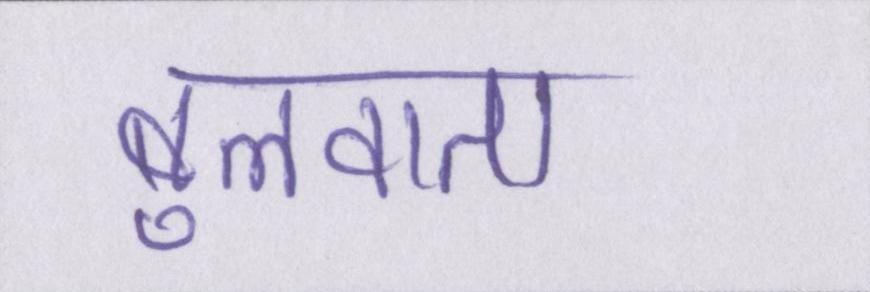
बुलवाता